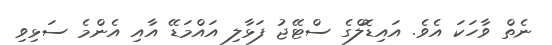
ނެތް ވާހަކަ އެވެ. އައިޑޮލްގެ ސްޓޭޖު ފަޅާލި އައްމަޑޭ އާއި އެންމެ ސަޅިވި